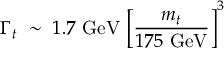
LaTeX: \Gamma _ { t } \ \sim \ 1 . 7 \ \mathrm { G e V } \ \biggl [ { \frac { m _ { t } } { 1 7 5 \ \mathrm { G e V } } } \biggr ] ^ { 3 }